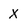
Character: X